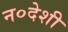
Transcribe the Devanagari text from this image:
न०देशी